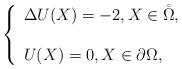
LaTeX: \begin{align*}\left\{\begin{array}{ll}\Delta U(X)=-2, X\in \mathring{\Omega} ,\\\\U(X)=0, X\in \partial\Omega,\end{array}\right.\end{align*}